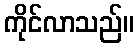
ကိုင်လာသည်။